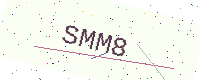
Text: SMM8